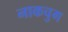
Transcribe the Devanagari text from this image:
नाकचुग